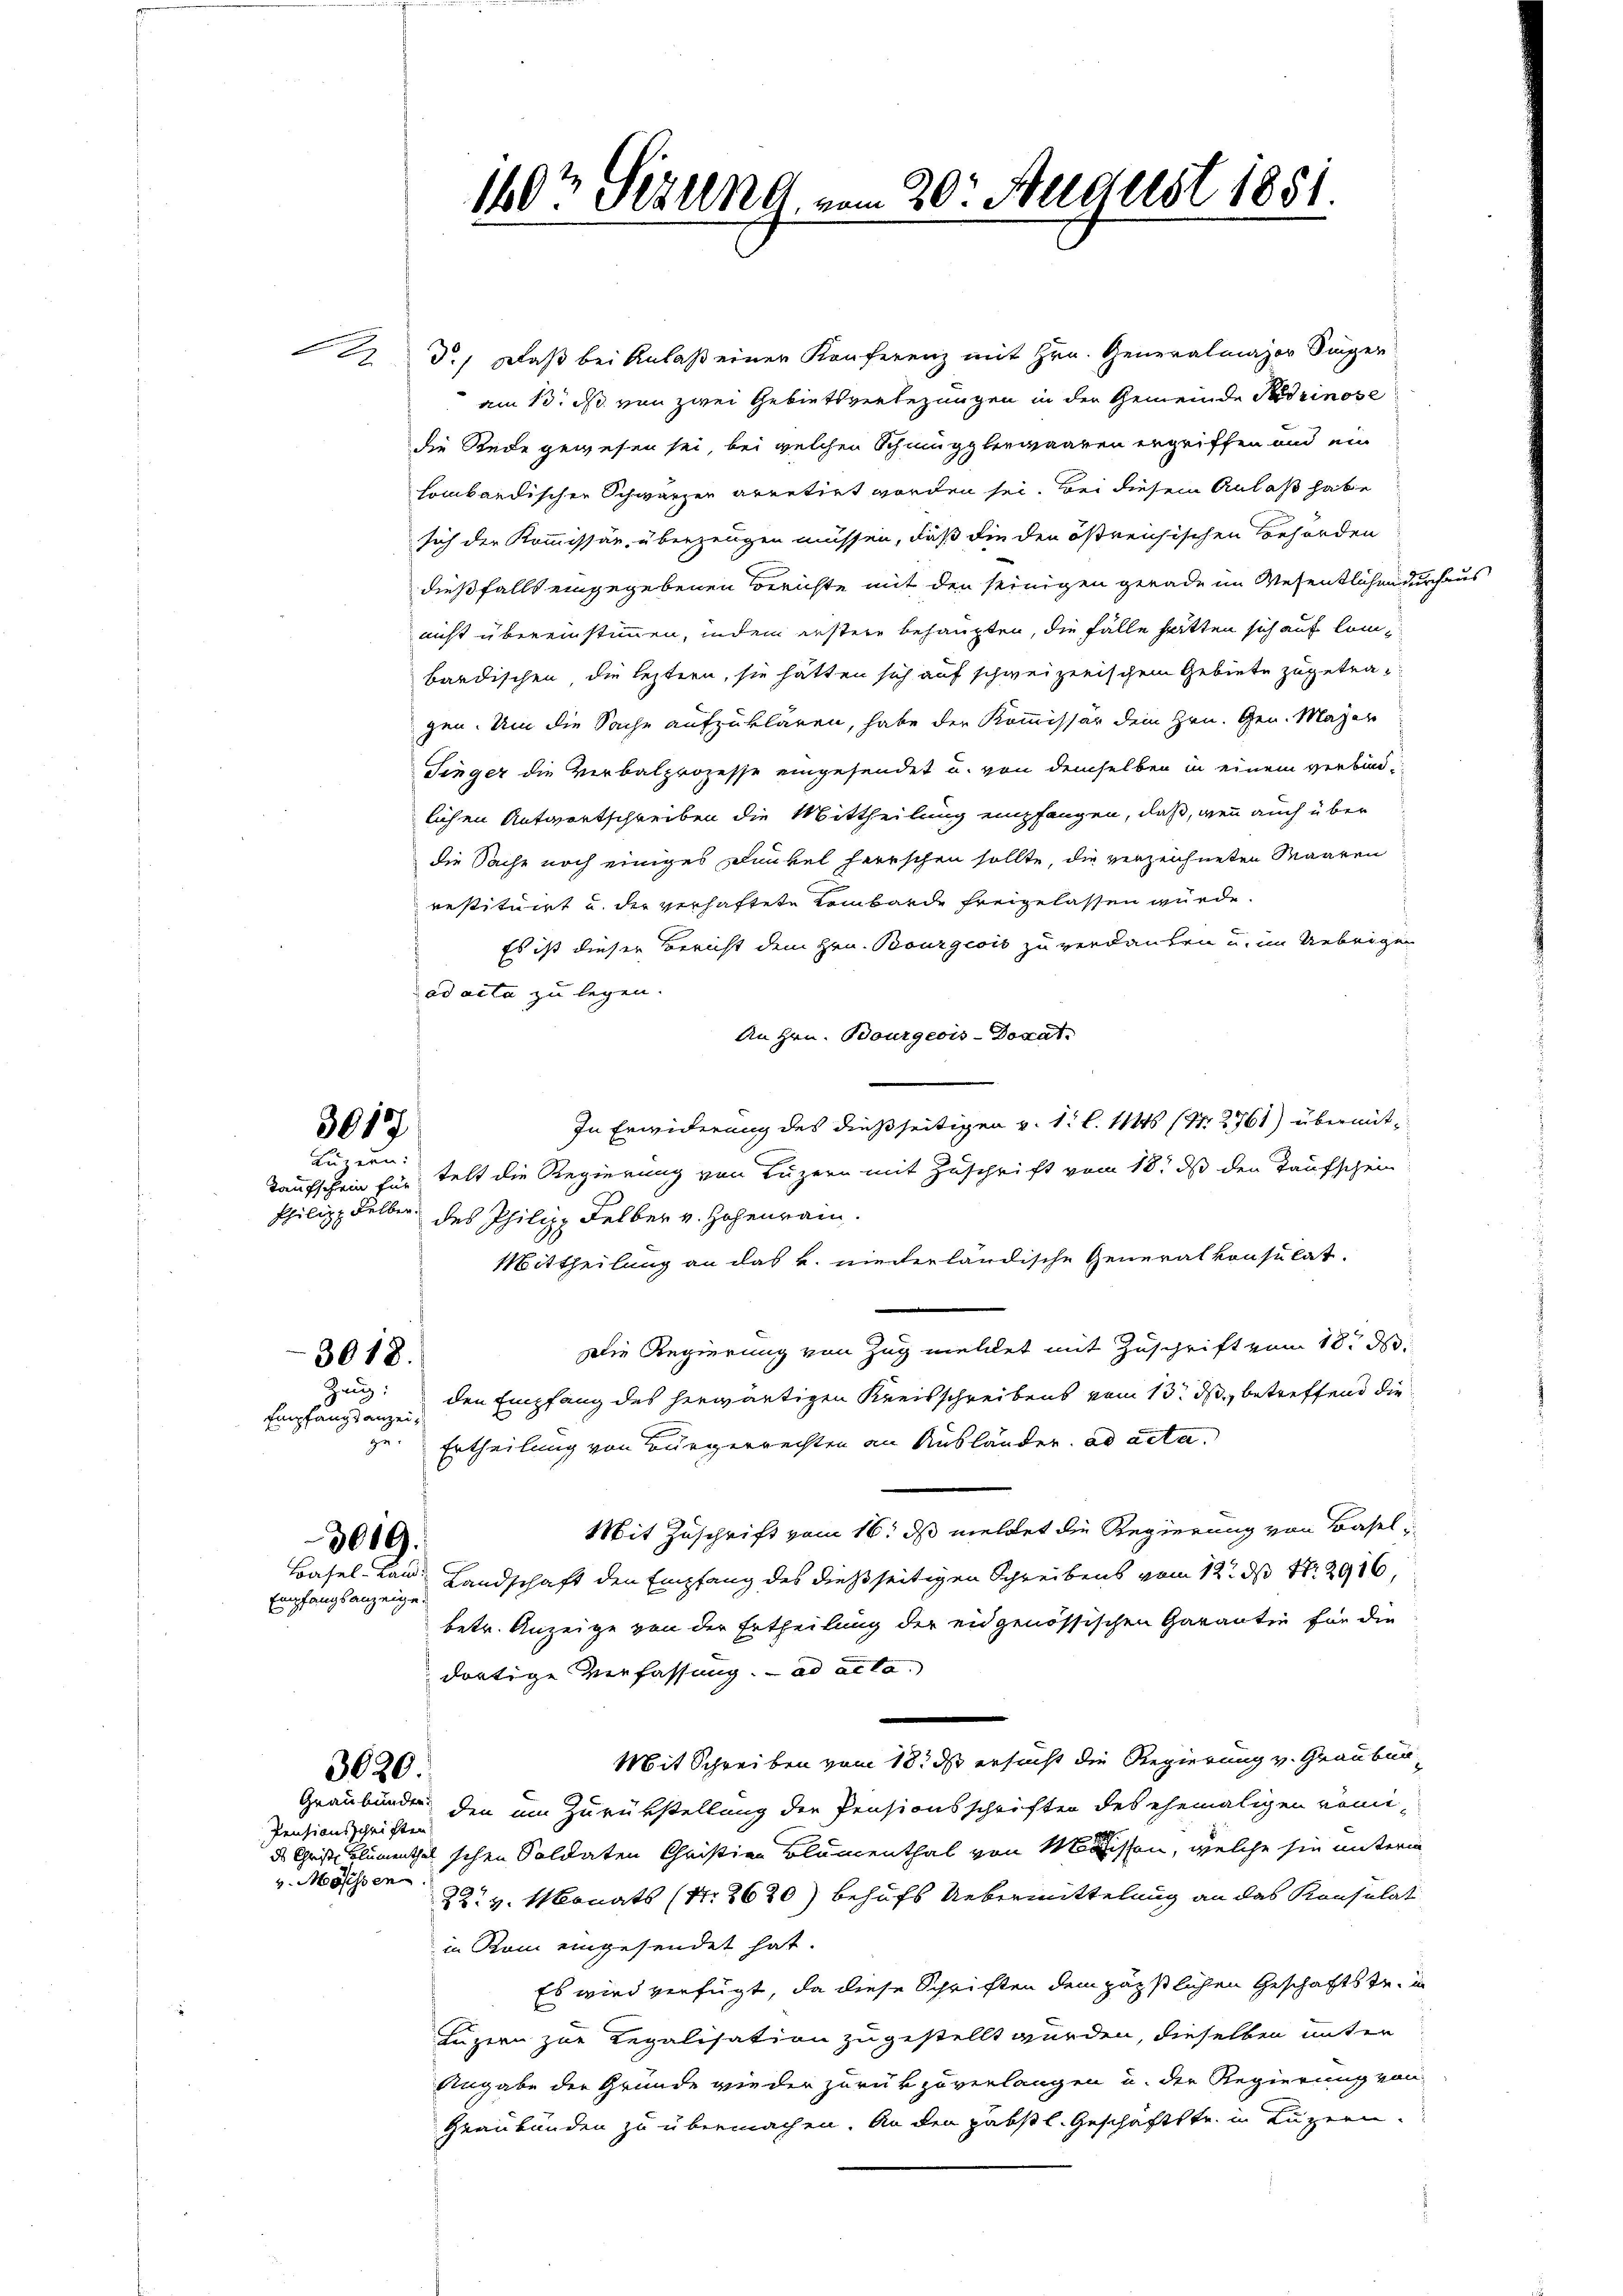
3017
Luzern:

3018.

Empfangsanzei¬

Empfangsanzeige

Pensionsschriften
v. Mosssen.

d.) Daß bei Anlaß einer Konferenz mit Hrn. Generalmajor Singer
am 13. d. von zwei Gebietsverlegungen in der Gemeinde Padrinose
die Rede gewesen sei, bei welchen Schmugglerwaaren ergriffen und ein
sombändischen Schwarzer arretirt worden sei. Bei diesem Anlaß habe
sich der Kommissär, überzeugen müssen, daß die den östreichischen Behörden
dießfalls eingegebenen Berichte mit den seinigen gerade im Wesentlichen durchaus
nicht übereinstimmen, indem erstere behaupten, die Fälle hatten sich auf Combardischen, die leztern, sie hätten sich auf schweizerischem Gebiete zugetragen. Um die Sache aufzuklären, habe der Kommissär dem Hrn. Gen. Maÿer
Singer die Verbalprozesse eingesendet u. von demselben in einem verbind-
lichen Antwortschreiben die Mittheilung empfangen, daß, wenn auch über
die Sache noch einiges Dunkel herrschen sollte, die verzeichneten Maaren
restituirt u. der verhaftete Lombarde freigelassen würde.
Es ist dieser Bericht dem Hrn. Bourgeois zu verdanken u. im Uebrigen
ad acta zu legen.
An Hrn. Bourgeois-Docat.
In Erwiderung des dießseitigen v. 1. l. 114 (N. 2761) übermit¬
Taufschein für telt die Regierung von Luzern mit Zuschrift vom 18. ds den Taufschein
Philipp Selber des Philipp Felber v. Hohenrain.
Mittheilung an das k. niederländische Generalkonsulat.
Die Regierung von Zug meldet mit Zuschrift vom 18t d.
Zug: den Empfang des herwärtigen Kreisschreibens vom 13. ds., betreffend die
ge. Ertheilung von Bürgerrechten an Ausländern. ad acta.
Mit Zuschrift vom 16. ds meldet die Regierung von Basel
3019.
Basel-Land Landschaft den Empfang des dießseitigen Schreibens vom 12t d S. 2916,
betr. Anzeige von der Ertheilung der eidgenössischen Garantie für die
dortige Verfassung. ad acta.
Mit Schreiben vom 18. ds ersucht die Regierung v. Graubün¬
3626
Graubünden den um Zurükstellung der Pensionsschriften des ehemaligen römi-
ds Christ Blumenthal schen Soldaten Christian Blumenthal von Missen, welche sie unterm
22t v. Monats (N. 2620) behufs Uebermittelung an das Konsulat
in Rom eingesendet hat.
Es wird verfügt, da diese Schriften dem päpstlichen Geschäftstr. un
Luzern zur Regalisation zugestellt wurden, dieselben unter
Angabe der Grunde wieder zurückzuverlangen u. der Regierung von
Graubünden zu übermachen. An den päbstl. Geschäftstr. in Luzern

160te Sizung vom 20. August 1851